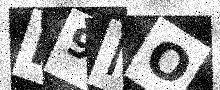
Text: F9MO